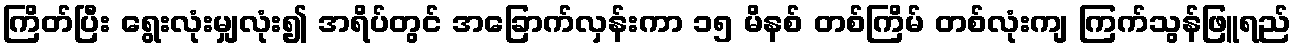
ကြိတ်ပြီး ရွေးလုံးမျှလုံး၍ အရိပ်တွင် အခြောက်လှန်းကာ ၁၅ မိနစ် တစ်ကြိမ် တစ်လုံးကျ ကြက်သွန်ဖြူရည်